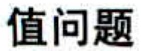
值问题